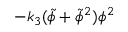
- k _ { 3 } ( \tilde { \phi } + \tilde { \phi } ^ { 2 } ) \phi ^ { 2 }